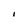
Character: I